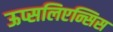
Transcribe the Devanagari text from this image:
ऊप्सलिएन्सिस